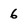
Character: 6